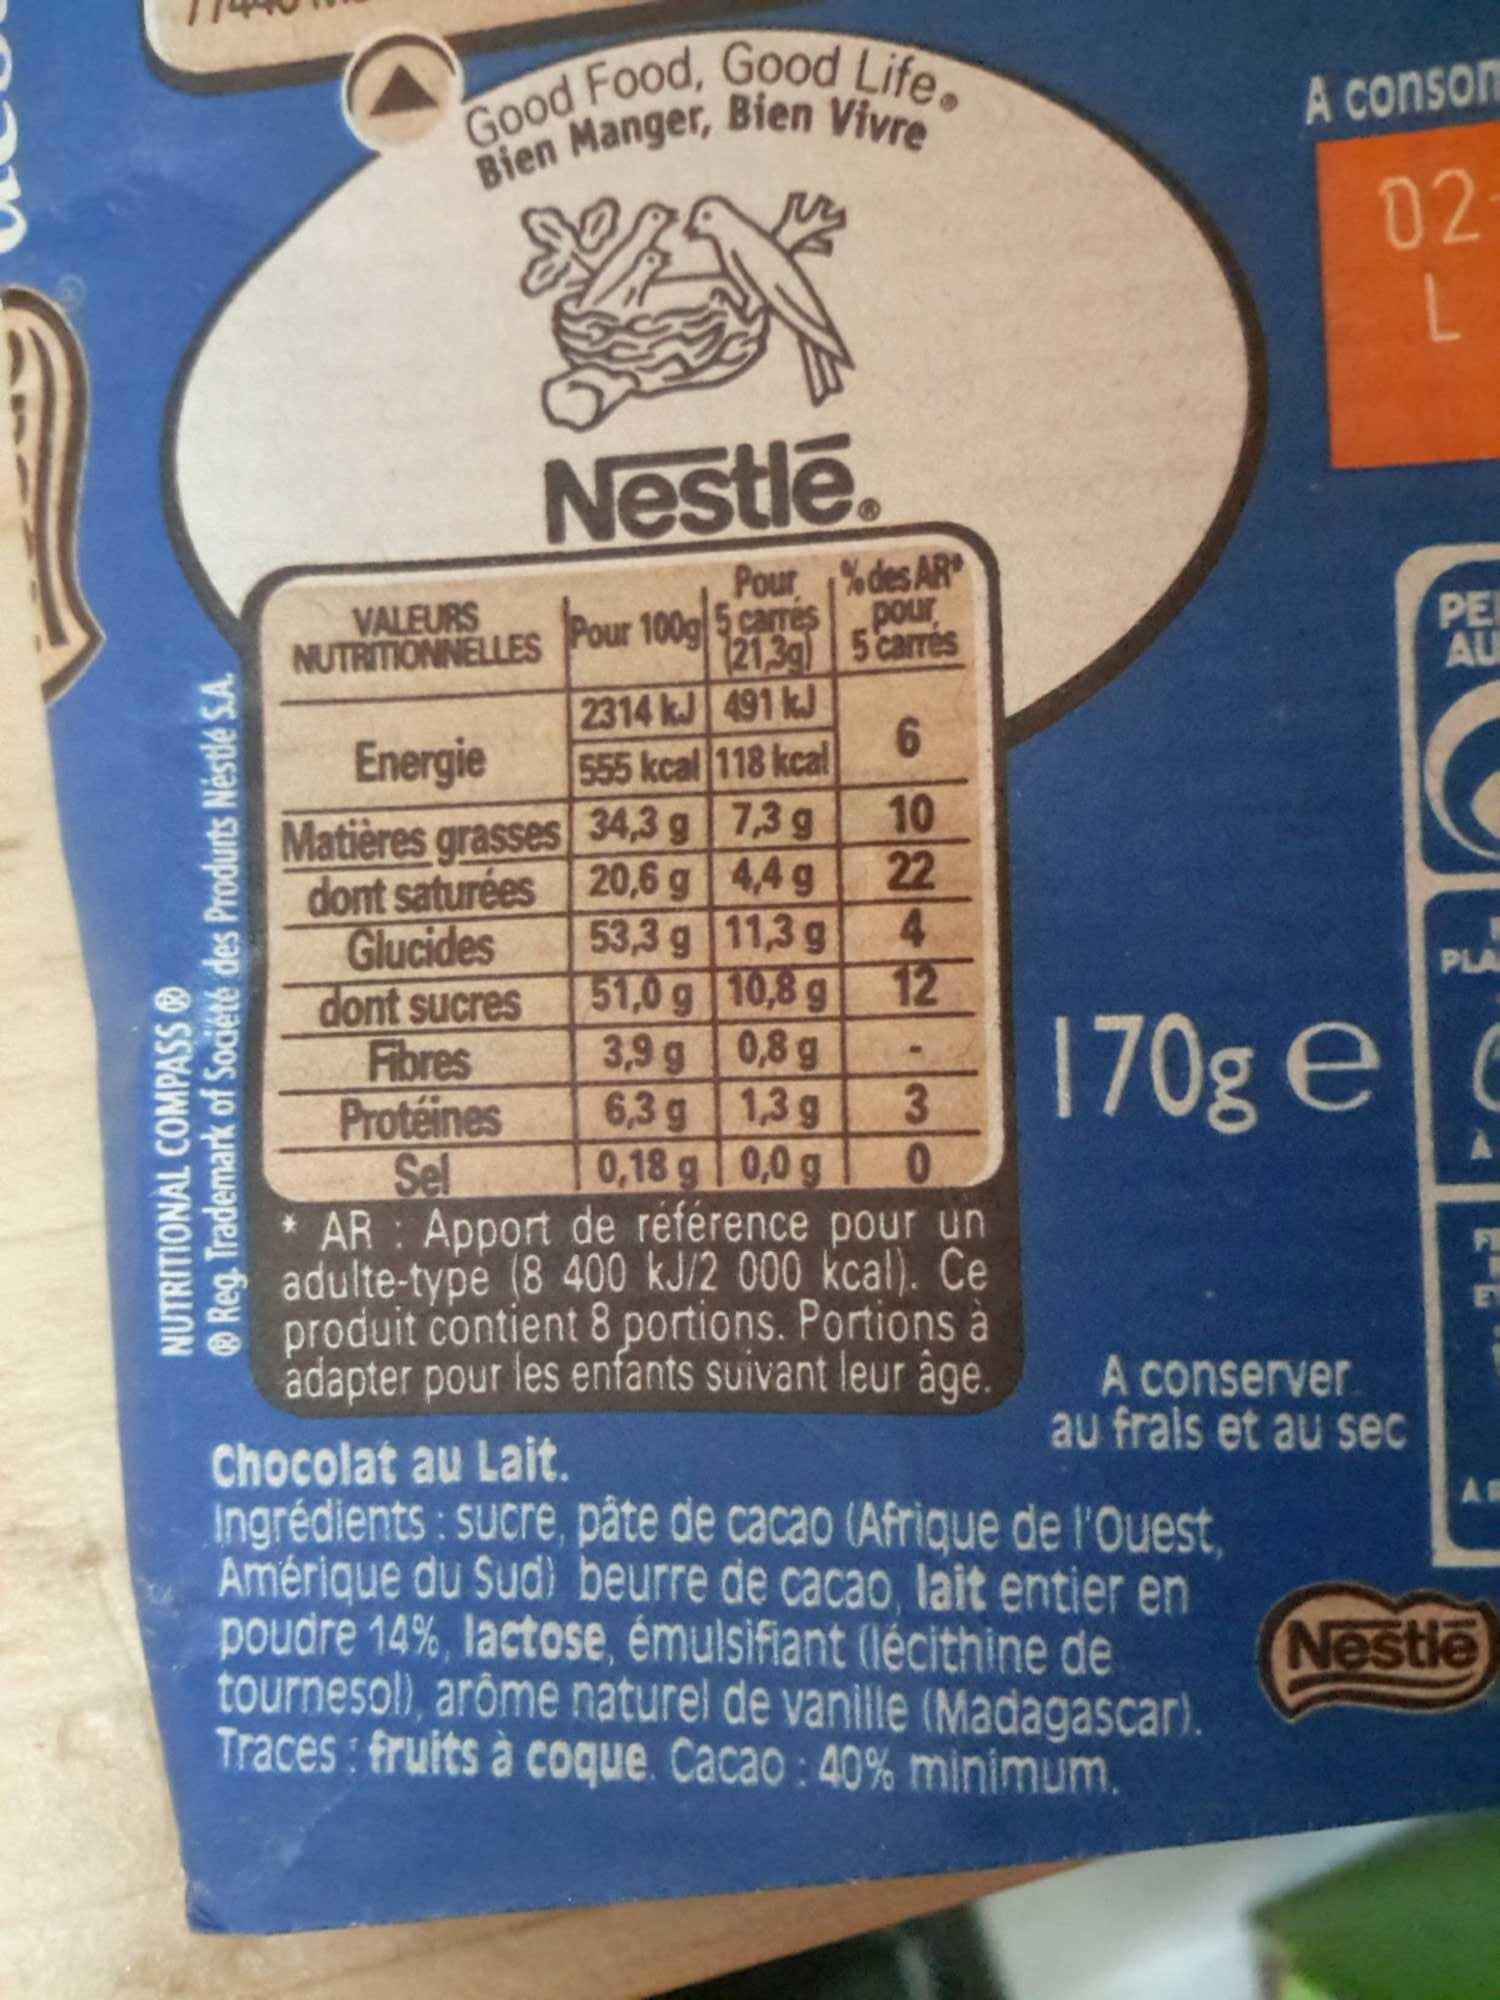
Reg. Trademark of Société des Produrts Néstlé S.A.
NUTRITIONAL COMPASS
Good Food, Good Life. Bien Manger, Bien Vivre
Nestlé.
Pour Pour 100g 5 carrés
21,3g
2314 kJ 491 kJ
des AR pour
5 carrés
NUTRITIONNELLES
Energie
Matières grasses
dont saturées
Glucides
dont sucres
Fibres
Protéines
Sel
* AR : Apport de référence pour un adulte-type (8 400 kJ/2 000 kcal). Ce produit contient 8 portions. Portions à adapter pour les enfants suivant leur âge.
6
10
22
4
12
555 kcal 118 kcal
34,3 g
7,3 g
20,6 g
4,4 g
53,3 g
11,3 g
51,0 g
10,8 g
3,9 g
0,8 g
6,3 g
1,3 g
3
0,18 g
0,0 g 0
A conson
02 L
PLA
170g e c
A conserver au frais et au sec
Chocolat au Lait.
Ingrédients: sucre, pâte de cacao (Afrique de l'Ouest, Amérique du Sud) beurre de cacao, lait entier en poudre 14%, lactose, émulsifiant (lécithine de tournesol), arôme naturel de vanille (Madagascar). Traces: fruits à coque. Cacao: 40% minimum.
PE
AU
AR
Nestle